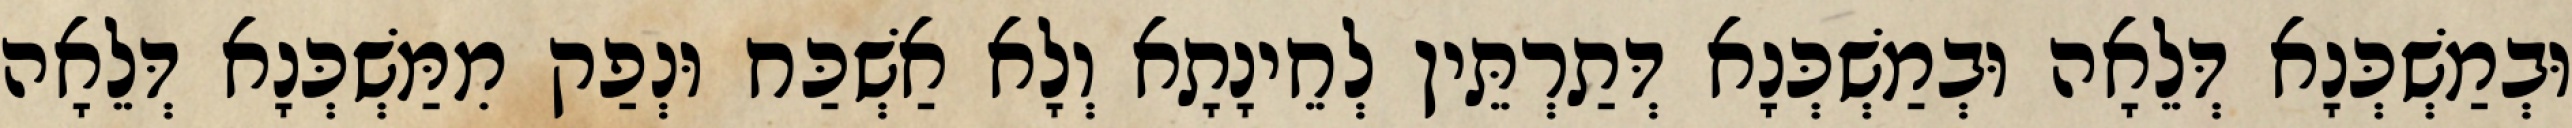
וּבְמַשְׁכְּנָא דְּלֵאָה וּבְמַשְׁכְּנָא דְּתַרְתֵּין לְחֵינָתָא וְלָא אַשְׁכַּח וּנְפַק מִמַּשְׁכְּנָא דְּלֵאָה